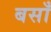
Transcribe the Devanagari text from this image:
बसाँ